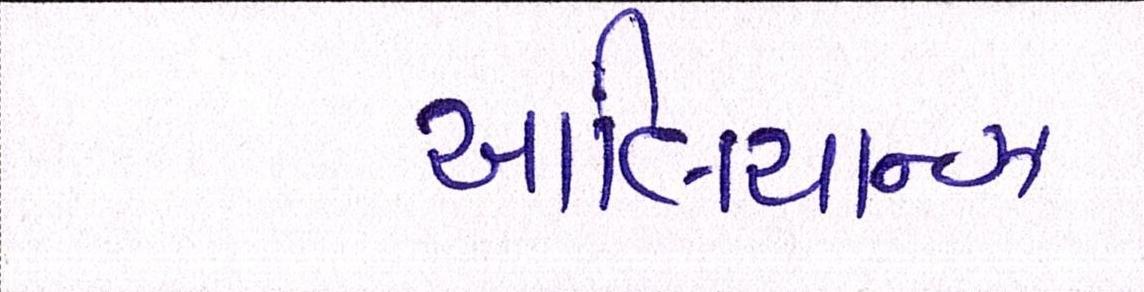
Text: આલિયાન્ઝ